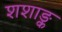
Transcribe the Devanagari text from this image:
शशाङ्क